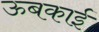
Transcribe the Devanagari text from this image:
ऊबकाई